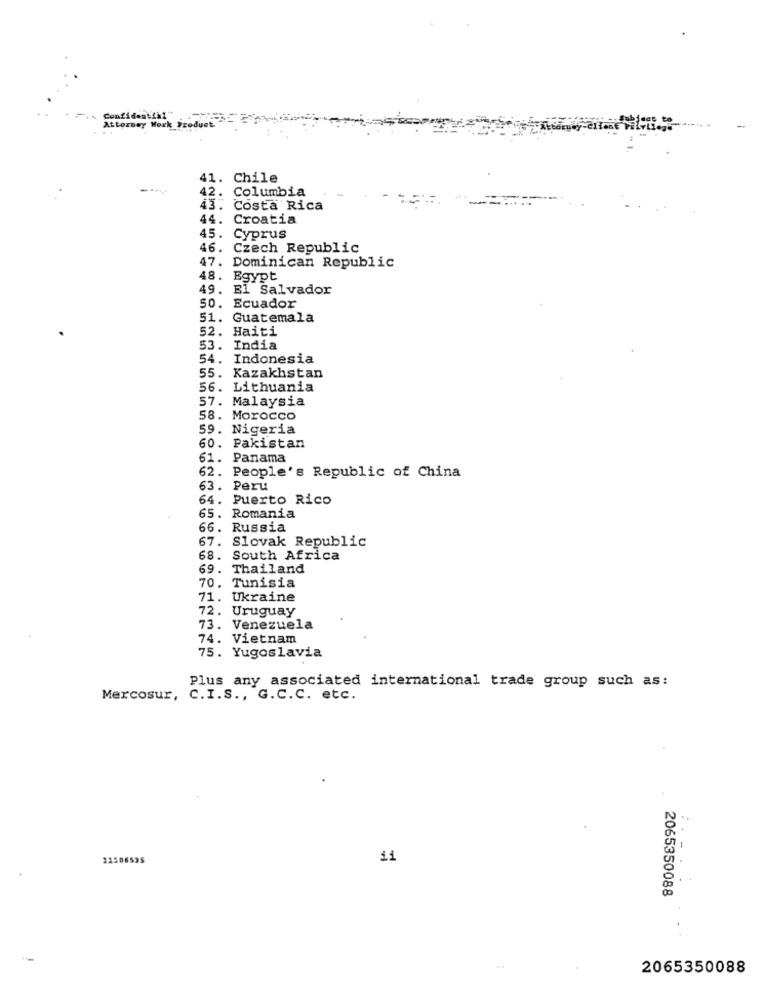
Confidential"
Attorney Work Product
41. Chile
42.
Columbia
43. Costa Rica
44. Croatia
45. Cyprus
46. Czech Republic
47. Dominican Republic
48. Egypt
49. El Salvador
50. Ecuador
51. Guatemala
52. Haiti
53. India
54. Indonesia
55. Kazakhstan
56. Lithuania
57. Malaysia
58. Morocco
59. Nigeria
60. Pakistan
61. Panama
62. People's Republic of China
63. Peru
64. Puerto Rico
65. Romania
66. Russia
67.
Slovak Republic
68. South Africa
69. Thailand
70. Tunisia
71. Ukraine
72. Uruguay
73. Venezuela
74. Vietnam
75. Yugoslavia
Plus any associated international trade group such as:
Mercosur, C.I.S ., G.C.C. etc.
22506595
2065350088
2065350088